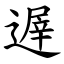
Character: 遟